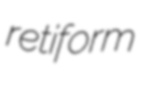
retiform